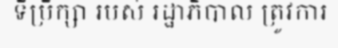
ទីប្រឹក្សា របស់ រដ្ឋាភិបាល ត្រូវការ